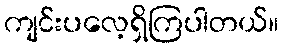
ကျင်းပလေ့ရှိကြပါတယ်။